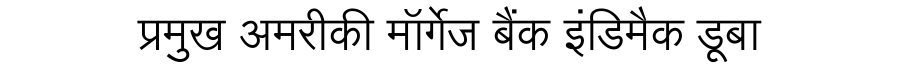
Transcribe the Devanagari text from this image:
प्रमुख अमरीकी मॉर्गेज बैंक इंडिमैक डूबा